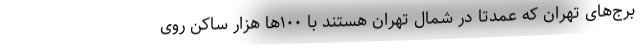
برج‌های تهران که عمدتا در شمال تهران هستند با ۱۰۰‌ها هزار ساکن روی